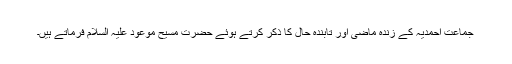
جماعت احمدیہ کے زندہ ماضی اور تابندہ حال کا ذکر کرتے ہوئے حضرت مسیح موعود علیہ السلام فرماتے ہیں۔